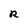
Character: R